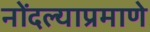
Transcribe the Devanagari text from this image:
नोंदल्याप्रमाणे